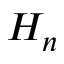
H _ { n }